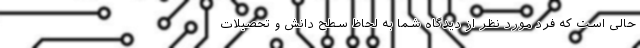
حالی است که فرد مورد نظر از دیدگاه شما به لحاظ سطح دانش و تحصیلات